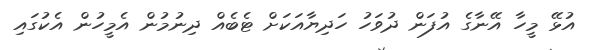
އުޅޭ މީހާ އޭނާގެ އުފަން ދުވަހު ހަދިޔާއަކަށް ޓެބެއް ދިނުމުން އެމީހުން އެކުގައި